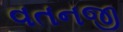
વતનજી